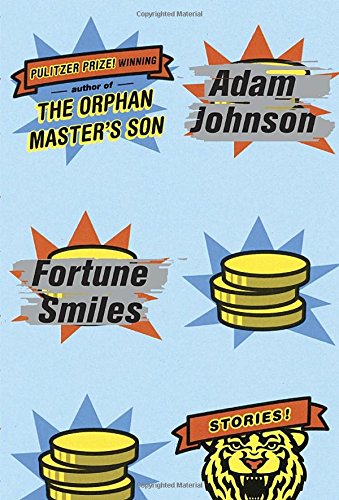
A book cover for Fortune Smiles: Stories; Adam Johnson; Literature & Fiction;